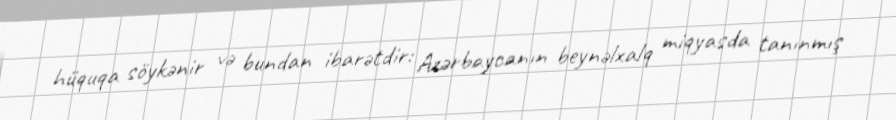
hüquqa söykənir və bundan ibarətdir: Azərbaycanın beynəlxalq miqyasda tanınmış